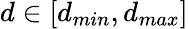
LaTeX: d\in[d_{min},d_{max}]